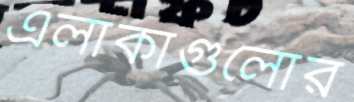
এলাকাগুলোর